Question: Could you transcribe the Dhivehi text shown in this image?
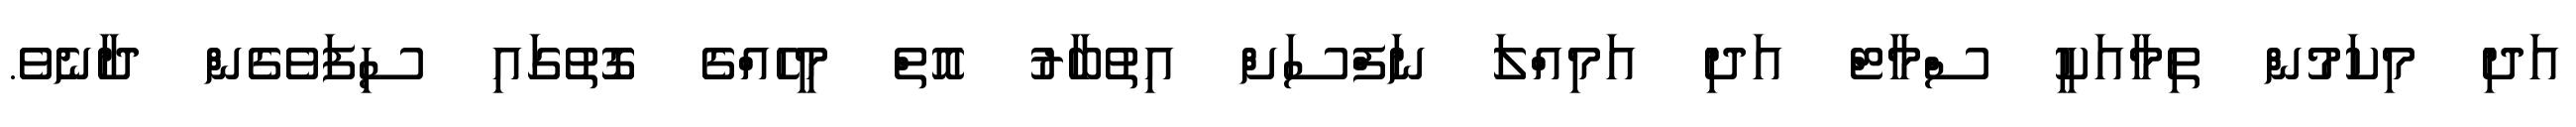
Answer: އަދި މިކަމުން ތިމާއަކީ ސްމާޓް އަދި އަމިއްލަ ނަފްސަށް އިތުބާރު އޮތް މީހެއްގެ ގޮތުގައި ސިފަވެގެން ދާނެވެ.